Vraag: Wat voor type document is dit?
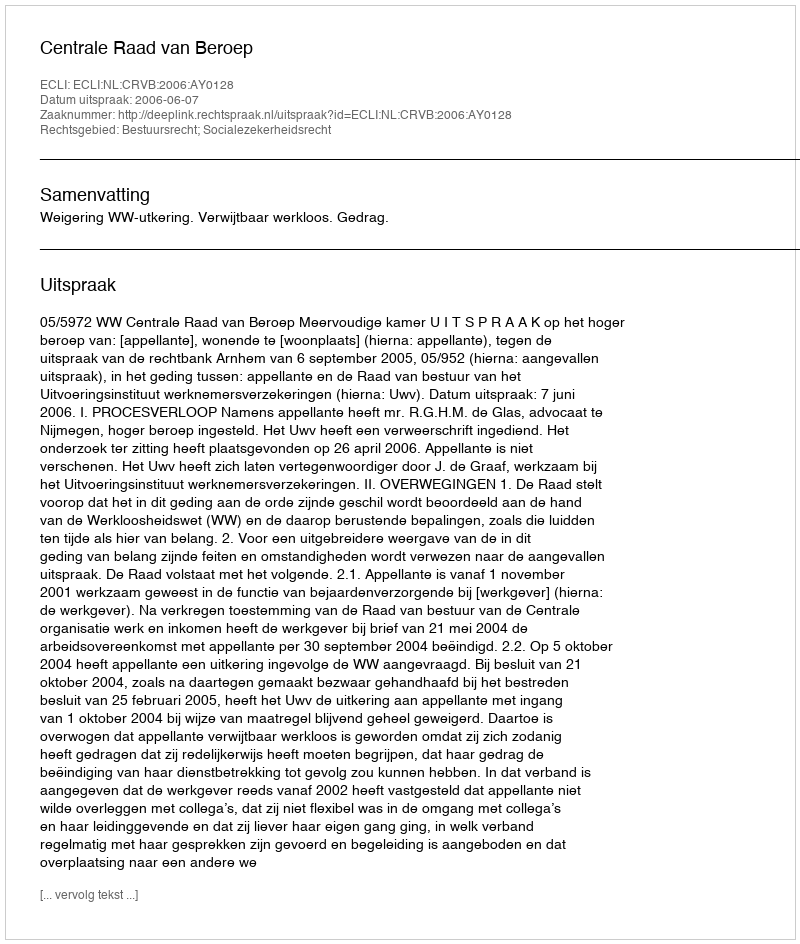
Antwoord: Uitspraak